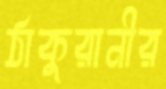
ঠাকুরানীর